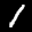
Label: 1